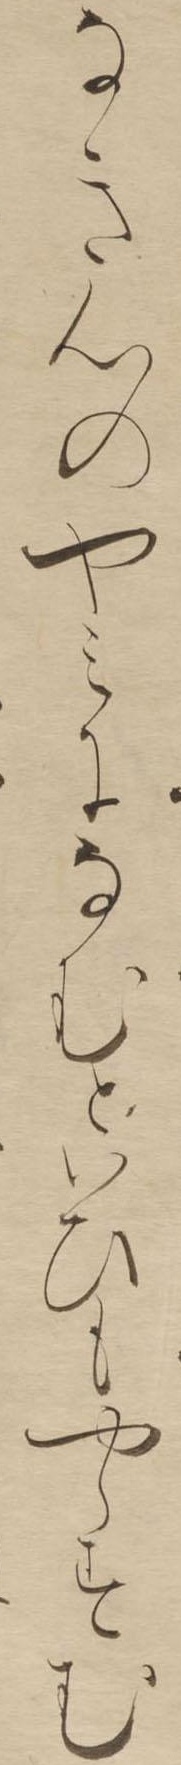
なき心のやみになむといひもやらすむ